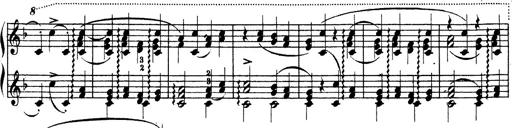
Title: Ave Maria d' Arcadelt
Composer: Franz Liszt